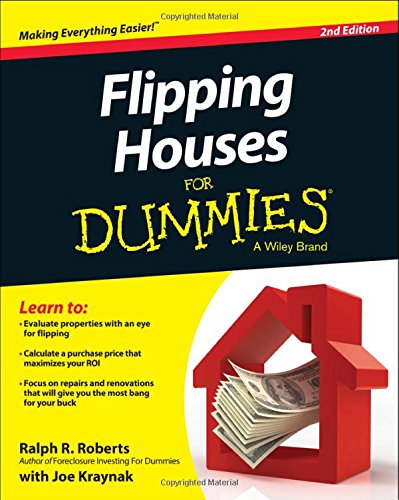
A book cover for Flipping Houses For Dummies; Ralph R. Roberts; Business & Money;